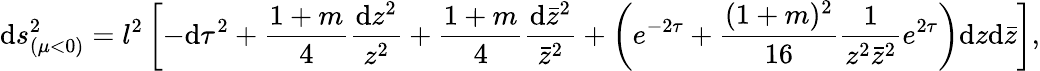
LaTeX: \mathrm{d}s_{(\mu<0)}^{2}=l^{2}\left[-\mathrm{d}\tau^{2}+\frac{{1+m}}{{4}}\frac{{\mathrm{d}z^{2}}}{{z^{2}}}+\frac{{1+m}}{{4}}\frac{{\mathrm{d}\bar{{z}}^{2}}}{{\bar{{z}}^{2}}}+\left(e^{-2\tau}+\frac{{(1+m)^{2}}}{{16}}\frac{{1}}{{z^{2}\bar{{z}}^{2}}}e^{2\tau}\right)\mathrm{d}z\mathrm{d}\bar{{z}}\right],